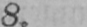
8.